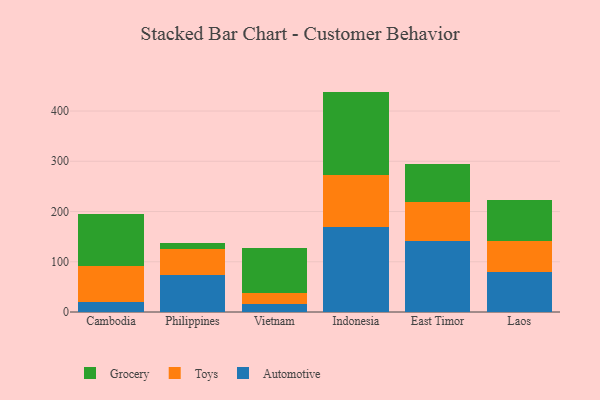
{"axis": {"x": "Country", "y": "Backlog"}, "legend": ["Automotive", "Grocery", "Toys"], "data": [{"x": "Cambodia", "y": 19.6, "type": "Automotive"}, {"x": "Cambodia", "y": 71.3, "type": "Toys"}, {"x": "Cambodia", "y": 104.3, "type": "Grocery"}, {"x": "Philippines", "y": 74.3, "type": "Automotive"}, {"x": "Philippines", "y": 50.7, "type": "Toys"}, {"x": "Philippines", "y": 12.1, "type": "Grocery"}, {"x": "Vietnam", "y": 16.0, "type": "Automotive"}, {"x": "Vietnam", "y": 21.8, "type": "Toys"}, {"x": "Vietnam", "y": 88.9, "type": "Grocery"}, {"x": "Indonesia", "y": 169.2, "type": "Automotive"}, {"x": "Indonesia", "y": 102.9, "type": "Toys"}, {"x": "Indonesia", "y": 166.6, "type": "Grocery"}, {"x": "East Timor", "y": 141.9, "type": "Automotive"}, {"x": "East Timor", "y": 76.2, "type": "Toys"}, {"x": "East Timor", "y": 76.3, "type": "Grocery"}, {"x": "Laos", "y": 79.4, "type": "Automotive"}, {"x": "Laos", "y": 62.1, "type": "Toys"}, {"x": "Laos", "y": 81.5, "type": "Grocery"}]}